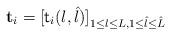
LaTeX: \begin{align*} \mathbf{t}_i=[\textsf{t}_i(l,\hat{l})]_{1\le l\le L,1\le \hat{l}\le \hat{L}} \end{align*}